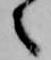
々